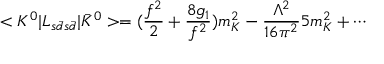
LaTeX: < K ^ { 0 } | { \cal L } _ { s \bar { d } s \bar { d } } | \bar { K } ^ { 0 } > = ( \frac { f ^ { 2 } } { 2 } + \frac { 8 g _ { 1 } } { f ^ { 2 } } ) m _ { K } ^ { 2 } - \frac { \Lambda ^ { 2 } } { 1 6 \pi ^ { 2 } } 5 m _ { K } ^ { 2 } + \cdots